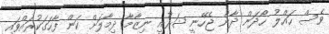
ވެސް ހައްލު ހޯދަން ދާން ޖެހޭނީ ޝަރުއީ ނިޒާމާ ދިމާލަށް ކަން ފާހަގަކުރައްވައި